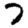
Digit: 7